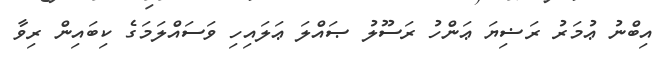
އިބްނު ޢުމަރު ރަޟިޔަ ޢަންހު ރަސޫލު ޞައްލަ ޢަލައިހި ވަސައްލަމަގެ ކިބައިން ރިވާ